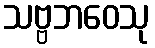
သဗ္ဗဘဝေသု